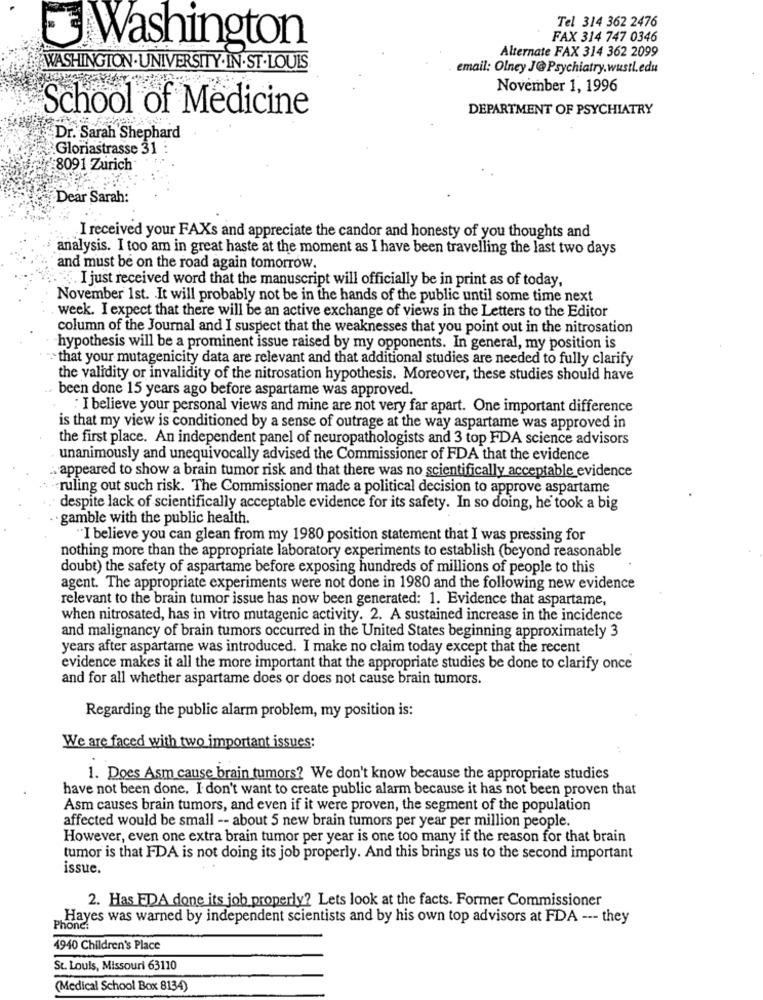
Tel 314 362 2476
FAX 314 747 0346
Washington
Alternate FAX 314 362 2099
WASHINGTON.UNIVERSITY.IN.ST.LOUIS
email: Olney J@ Psychiatry.wustl.edu
November 1, 1996
School of Medicine
DEPARTMENT OF PSYCHIATRY
Dr. Sarah Shephard
Gloriastrasse 31 :
8091 Zurich
Dear Sarah:
I received your FAXs and appreciate the candor and honesty of you thoughts and
analysis. I too am in great haste at the moment as I have been travelling the last two days
and must be on the road again tomorrow.
I just received word that the manuscript will officially be in print as of today,
November 1st. It will probably not be in the hands of the public until some time next
week. I expect that there will be an active exchange of views in the Letters to the Editor
column of the Journal and I suspect that the weaknesses that you point out in the nitrosation
hypothesis will be a prominent issue raised by my opponents. In general, my position is
that your mutagenicity data are relevant and that additional studies are needed to fully clarify
the validity or invalidity of the nitrosation hypothesis. Moreover, these studies should have
been done 15 years ago before aspartame was approved.
: I believe your personal views and mine are not very far apart. One important difference
is that my view is conditioned by a sense of outrage at the way aspartame was approved in
the first place. An independent panel of neuropathologists and 3 top FDA science advisors
unanimously and unequivocally advised the Commissioner of FDA that the evidence
appeared to show a brain tumor risk and that there was no scientifically acceptable evidence
ruling out such risk. The Commissioner made a political decision to approve aspartame
despite lack of scientifically acceptable evidence for its safety. In so doing, he took a big
gamble with the public health.
"I believe you can glean from my 1980 position statement that I was pressing for
nothing more than the appropriate laboratory experiments to establish (beyond reasonable
doubt) the safety of aspartame before exposing hundreds of millions of people to this
agent. The appropriate experiments were not done in 1980 and the following new evidence
relevant to the brain tumor issue has now been generated: 1. Evidence that aspartame,
when nitrosated, has in vitro mutagenic activity. 2. A sustained increase in the incidence
and malignancy of brain tumors occurred in the United States beginning approximately 3
years after aspartame was introduced. I make no claim today except that the recent
evidence makes it all the more important that the appropriate studies be done to clarify once
and for all whether aspartame does or does not cause brain tumors.
Regarding the public alarm problem, my position is:
We are faced with two important issues:
1. Does Asm cause brain tumors? We don't know because the appropriate studies
have not been done. I don't want to create public alarm because it has not been proven that
Asm causes brain tumors, and even if it were proven, the segment of the population
affected would be small -- about 5 new brain tumors per year per million people.
However, even one extra brain tumor per year is one too many if the reason for that brain
tumor is that FDA is not doing its job properly. And this brings us to the second important
issue.
2. Has EDA done its job properly? Lets look at the facts. Former Commissioner
Hayes was warned by independent scientists and by his own top advisors at FDA --- they
Phone:
4940 Children's Place
St. Louis, Missouri 63110
(Medical School Box 8134)